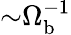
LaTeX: {\sim}\Omega_{\mathrm{b}}^{-1}